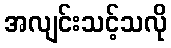
အလျင်းသင့်သလို